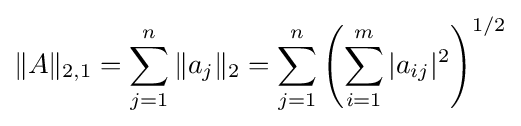
\|A\|_{2,1}=\sum _{j=1}^{n}\|a_{j}\|_{2}=\sum _{j=1}^{n}\left(\sum _{i=1}^{m}|a_{ij}|^{2}\right)^{1/2}